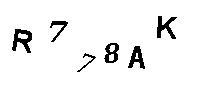
R778AK